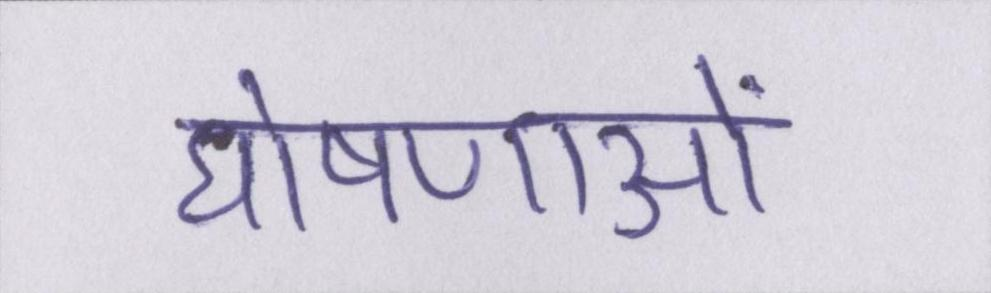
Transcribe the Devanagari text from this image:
घोषणाओं